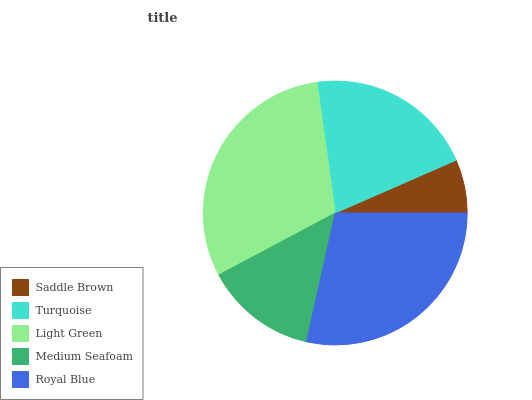
| Saddle Brown | Turquoise | Light Green | Medium Seafoam | Royal Blue |
 | --- | --- | --- | --- | --- |
 | 6.56% | 20.7% | 30.5% | 13.7% | 28.5% |